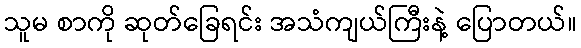
သူမ စာကို ဆုတ်ခြေရင်း အသံကျယ်ကြီးနဲ့ ပြောတယ်။